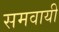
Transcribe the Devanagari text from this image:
समवायी